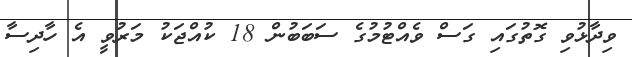
ވިދާޅުވި ގޮތުގައި ގަސް ވެއްޓުމުގެ ސަބަބުން 18 ކުއްޖަކު މަރުވީ އެ ހާދިސާ